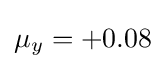
\mu _{y}=+0.08